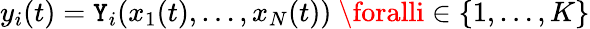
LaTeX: y_{i}(t)=\mathtt{Y}_{i}(x_{1}(t),\ldots,x_{N}(t)){\mathrm{{~}}}\foralli\in\{ 1,\ldots,K\}